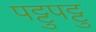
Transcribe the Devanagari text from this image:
पट्टुपट्टु